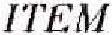
ITEM